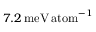
7 . 2 \, \mathrm { m e V \, a t o m } ^ { - 1 }